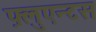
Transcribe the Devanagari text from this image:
फ़्लुएन्टस